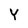
Character: Y